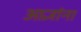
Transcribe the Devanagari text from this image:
आज्ञांना